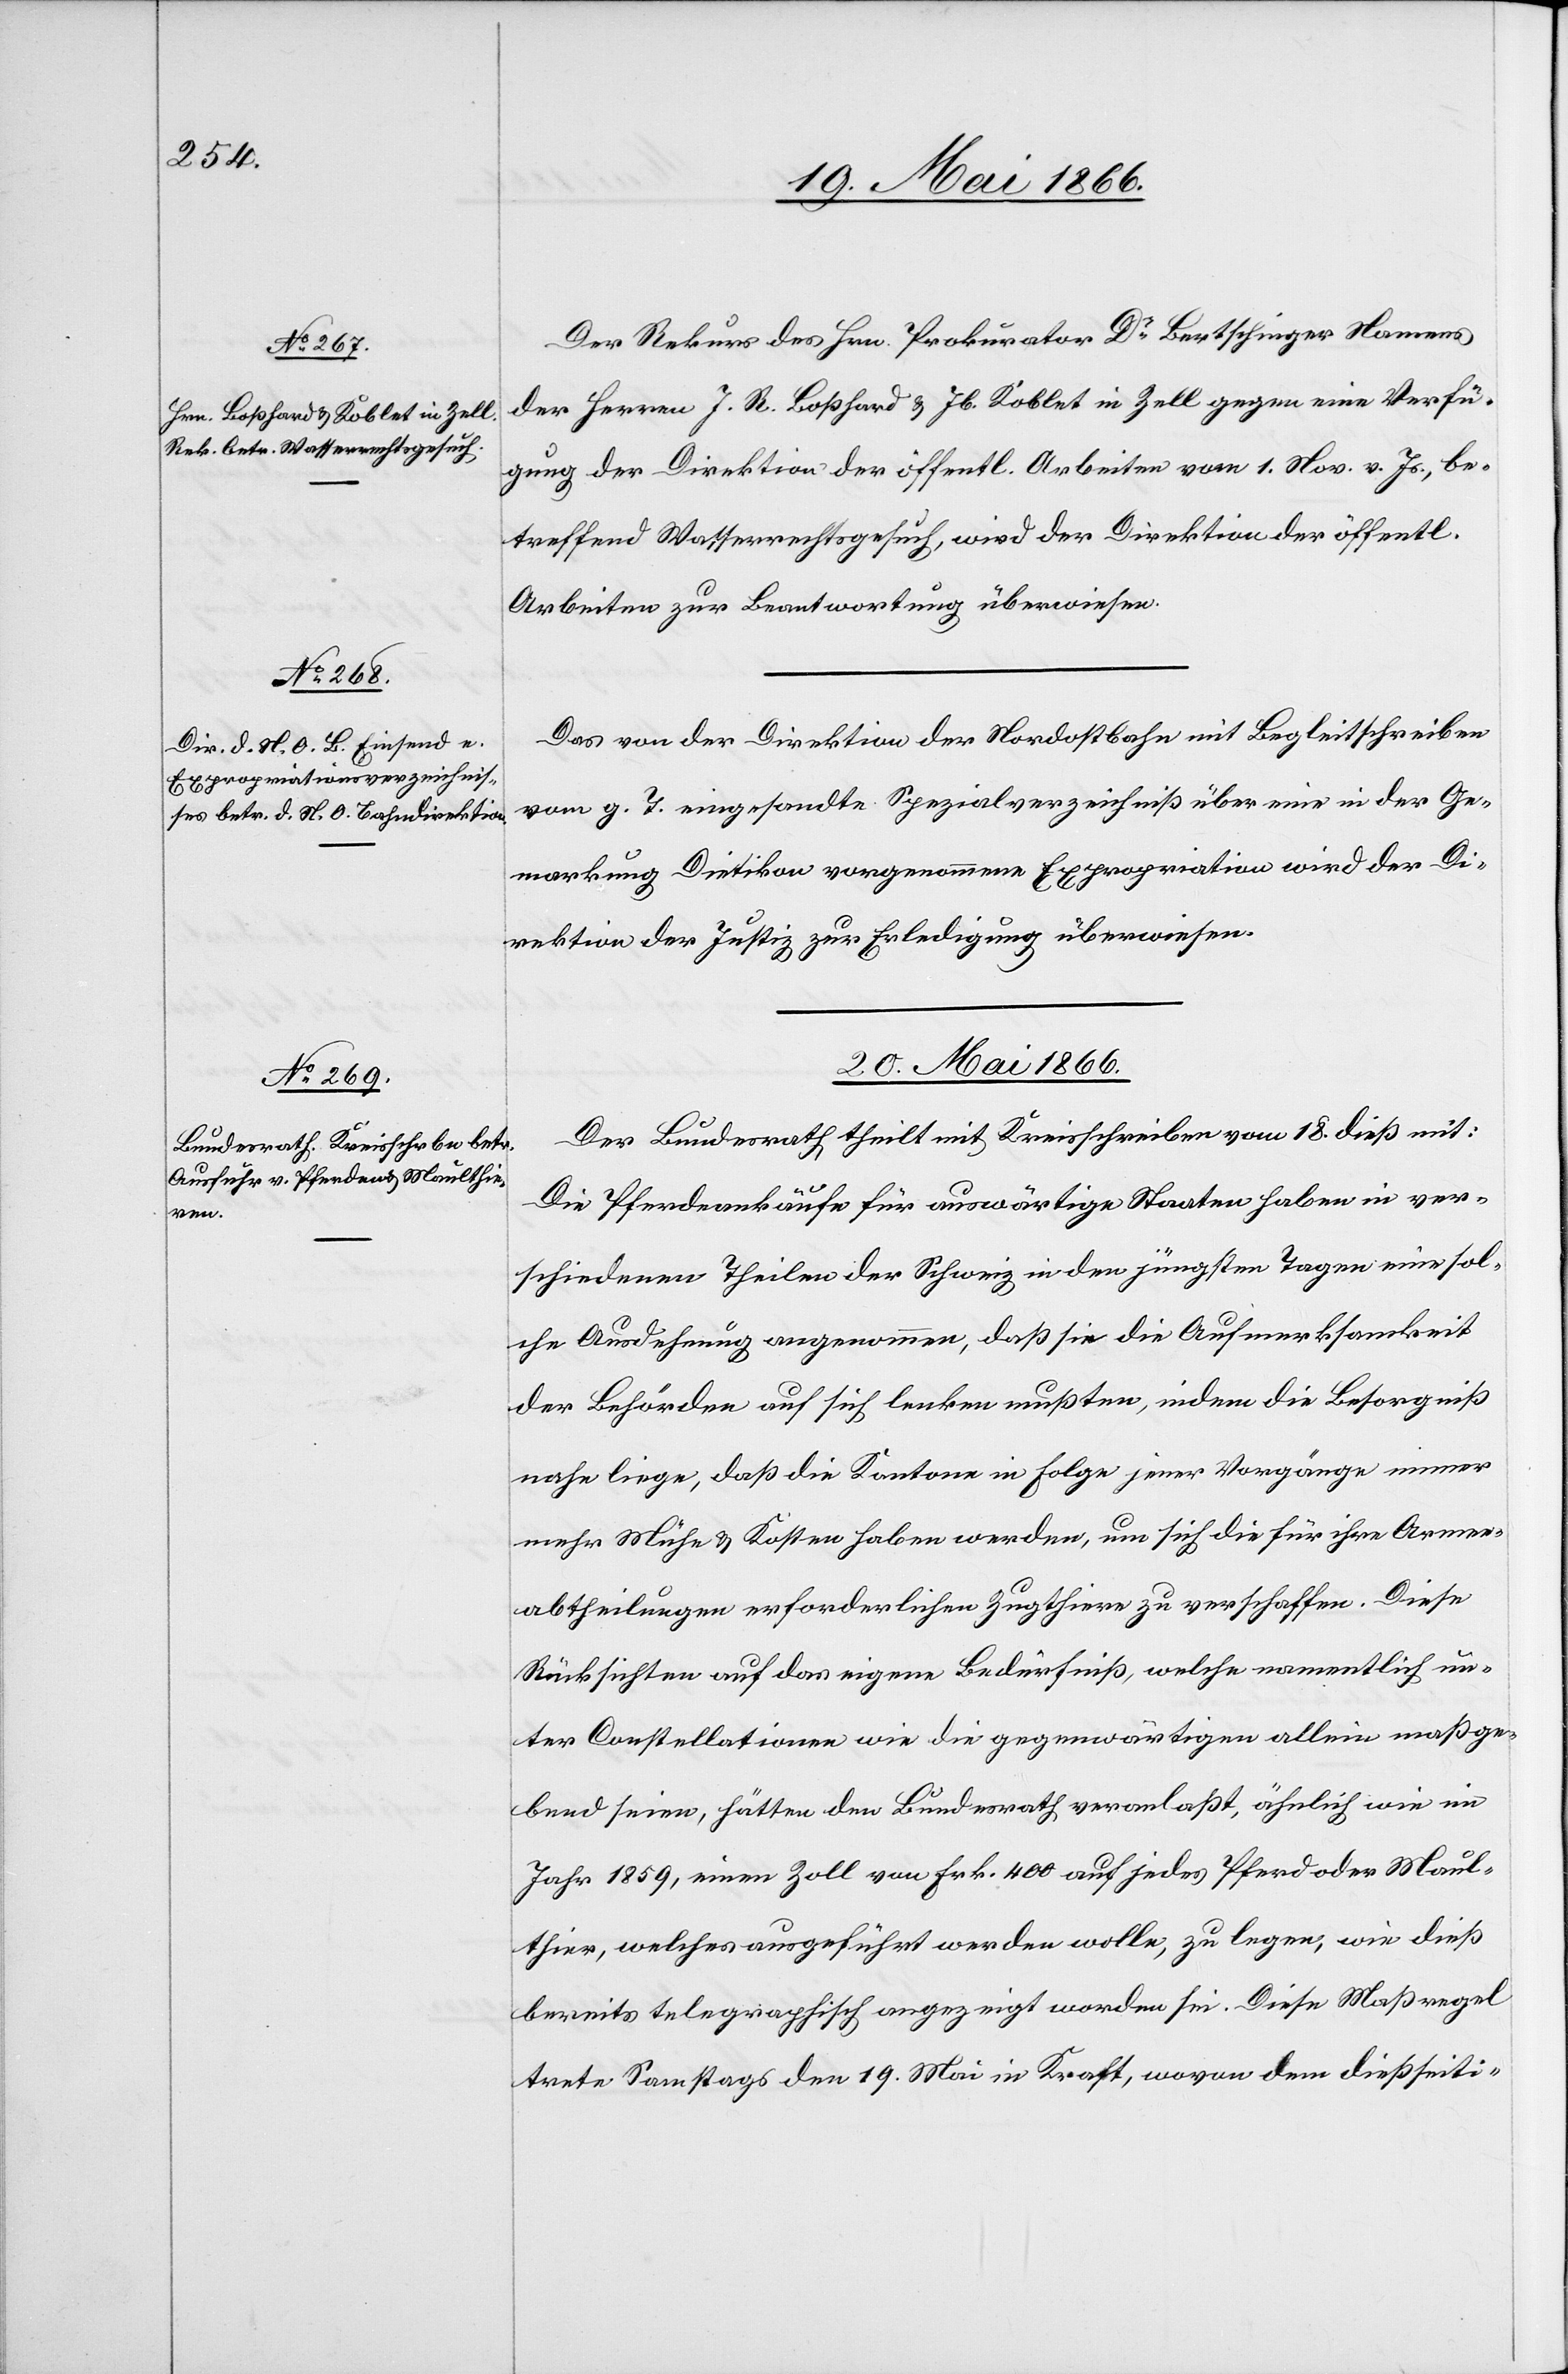
19. Mai 1866.]
Der Rekurs des Hrn. Prokurator Dr. Bertschinger Namens
der Herren J. R. Boßhard u. Jb. Koblet in Zell gegen eine Verfü¬
gung der Direktion der öffentl. Arbeiten vom 1. Nov. v. Js., be¬
treffend Wasserrechtsgesuch, wird der Direktion der öffentl.
Arbeiten zur Beantwortung überwiesen.
Das von der Direktion der Nordostbahn mit Begleitschreiben
vom g. T. eingesandte Spezialverzeichniß über eine in der Ge¬
markung Dietikon vorgenommene Expropriation wird der Di¬
rektion der Justiz zur Erledigung überwiesen.
20. Mai 1866.
Der Bundesrath theilt mit Kreisschreiben vom 18. dieß mit:
Die Pferdeankäufe für auswärtige Staaten haben in ver¬
schiedenen Theilen der Schweiz in den jüngsten Tagen eine sol¬
che Ausdehnung angenommen, daß sie die Aufmerksamkeit
der Behörden auf sich lenken mußten, indem die Besorgniß
nahe liege, daß die Kantone in Folge jener Vorgänge immer
mehr Mühe u. Kosten haben werden, um sich die für ihre Armee¬
abtheilungen erforderlichen Zugthiere zu verschaffen. Diese
Rücksichten auf das eigene Bedürfniß, welche namentlich un¬
ter Constellationen wie die gegenwärtigen allein maßge¬
bend seien, hätten den Bundesrath veranlaßt, ähnlich wie im
Jahr 1859, einen Zoll von Frk. 400 auf jedes Pferd oder Maul¬
thier, welches ausgeführt werden wolle, zu legen, wie dieß
bereits telegraphisch angezeigt worden sei. Diese Maßregel
trete Samstags den 19. Mai in Kraft, wovon dem dießseiti-